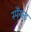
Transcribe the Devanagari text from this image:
स्पैंग्ल्ड